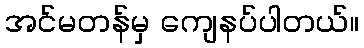
အင်မတန်မှ ကျေနပ်ပါတယ်။